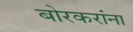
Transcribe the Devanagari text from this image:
बोरकरांना